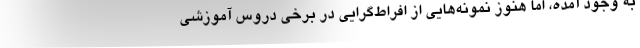
به وجود آمده، اما هنوز نمونه‌هایی از افراط‌گرایی در برخی دروس آموزشی